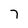
Character: 7